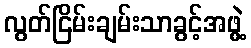
လွတ်ငြိမ်းချမ်းသာခွင့်အဖွဲ့